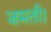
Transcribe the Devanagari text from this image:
जमती।